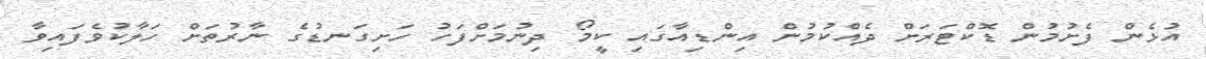
އުޅެން ފެށުމުން ޑޮކްޓަރަށް ދެއްކުމުން އިންޑިއާގައި ކީމޯ ދިނުމަށްފަހު ހަށިގަނޑުގެ ނާރުތަށް ހަލާކުވެފައިވާ